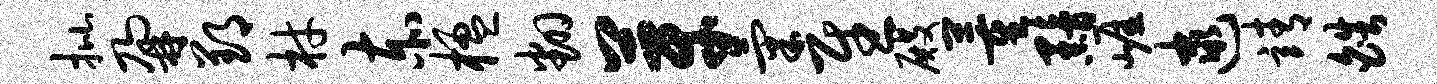
批鼐郢材赤楹翻芽气慰殿董黯崖逮靖皓